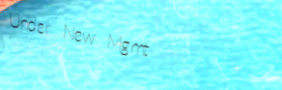
Under New Mgmt